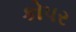
કોપર